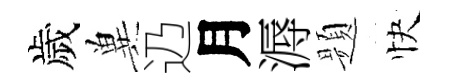
歲兾辸月溽题快